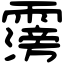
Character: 霶